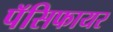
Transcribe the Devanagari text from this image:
पॅसिफायर